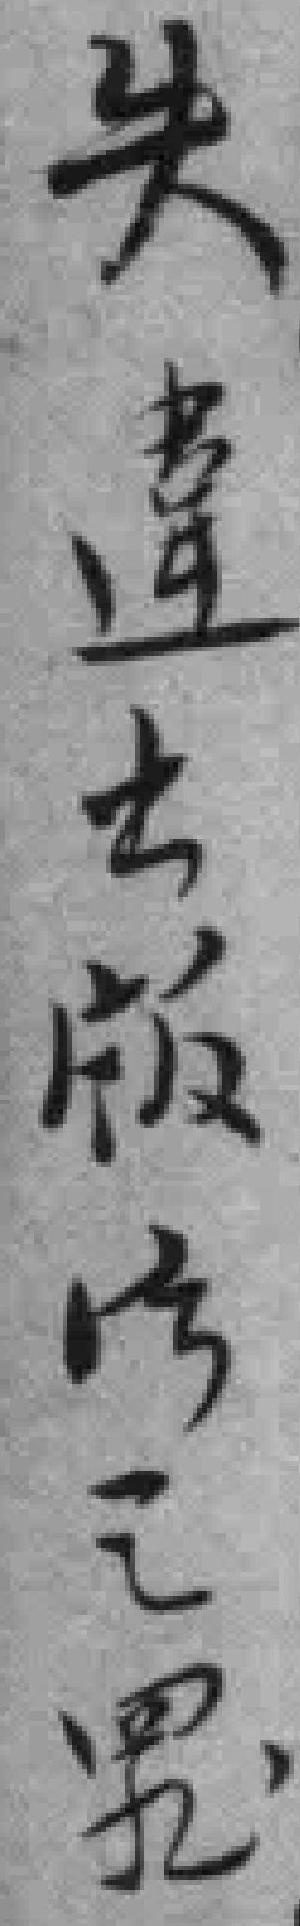
失違出版法之罪